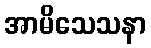
အာမိသေသနာ